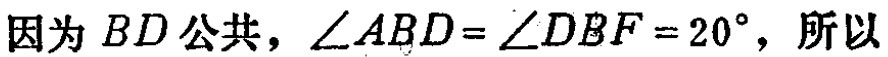
因为 \(BD\) 公共，\(\angle ABD = \angle DBF = 20^{\circ}\)，所以